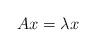
LaTeX: \begin{align*}Ax=\lambda x\end{align*}